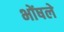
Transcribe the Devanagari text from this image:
भोंषले